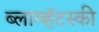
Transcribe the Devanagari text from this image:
ब्लाव्हॅटस्की